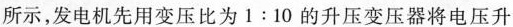
所示，发电机先用变压比为1:10的升压变压器将电压升